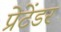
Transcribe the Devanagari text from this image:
प्रेटेंडर